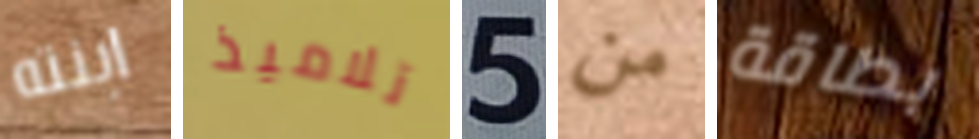
ابنته تلاميذ 5 من بطاقة